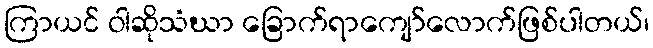
ကြာယင် ဝါဆိုသံဃာ ခြောက်ရာကျော်လောက်ဖြစ်ပါတယ်၊